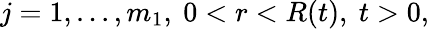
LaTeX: j=1,...,m_{1},\ 0<r<R(t),\ t>0,